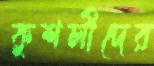
কুশলীদের